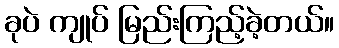
ခုပဲ ကျုပ် မြည်းကြည့်ခဲ့တယ်။